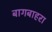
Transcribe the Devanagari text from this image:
बागबाहरा